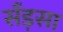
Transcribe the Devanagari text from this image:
सँड़सा